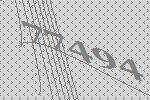
77494